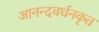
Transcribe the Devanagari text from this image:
आनन्दवर्धनकृत